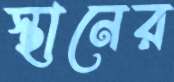
স্থানের